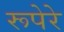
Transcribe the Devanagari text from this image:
रूपेरे